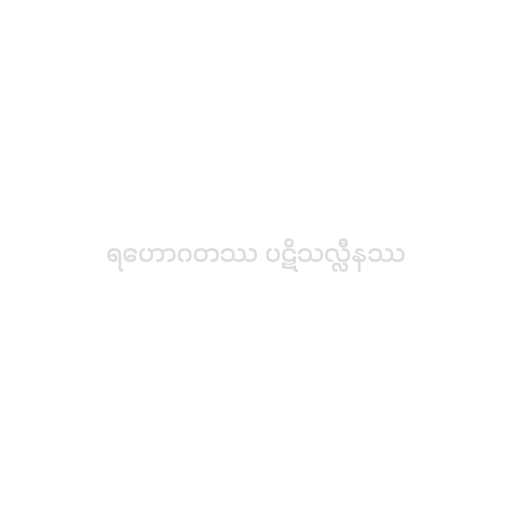
ရဟောဂတဿ ပဋိသလ္လီနဿ